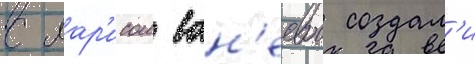
с лар'исои ван'еевои создал'и